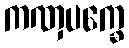
ကဏှပက္ခေ